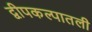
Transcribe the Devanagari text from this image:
द्वीपकल्पातली